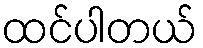
ထင်ပါတယ်